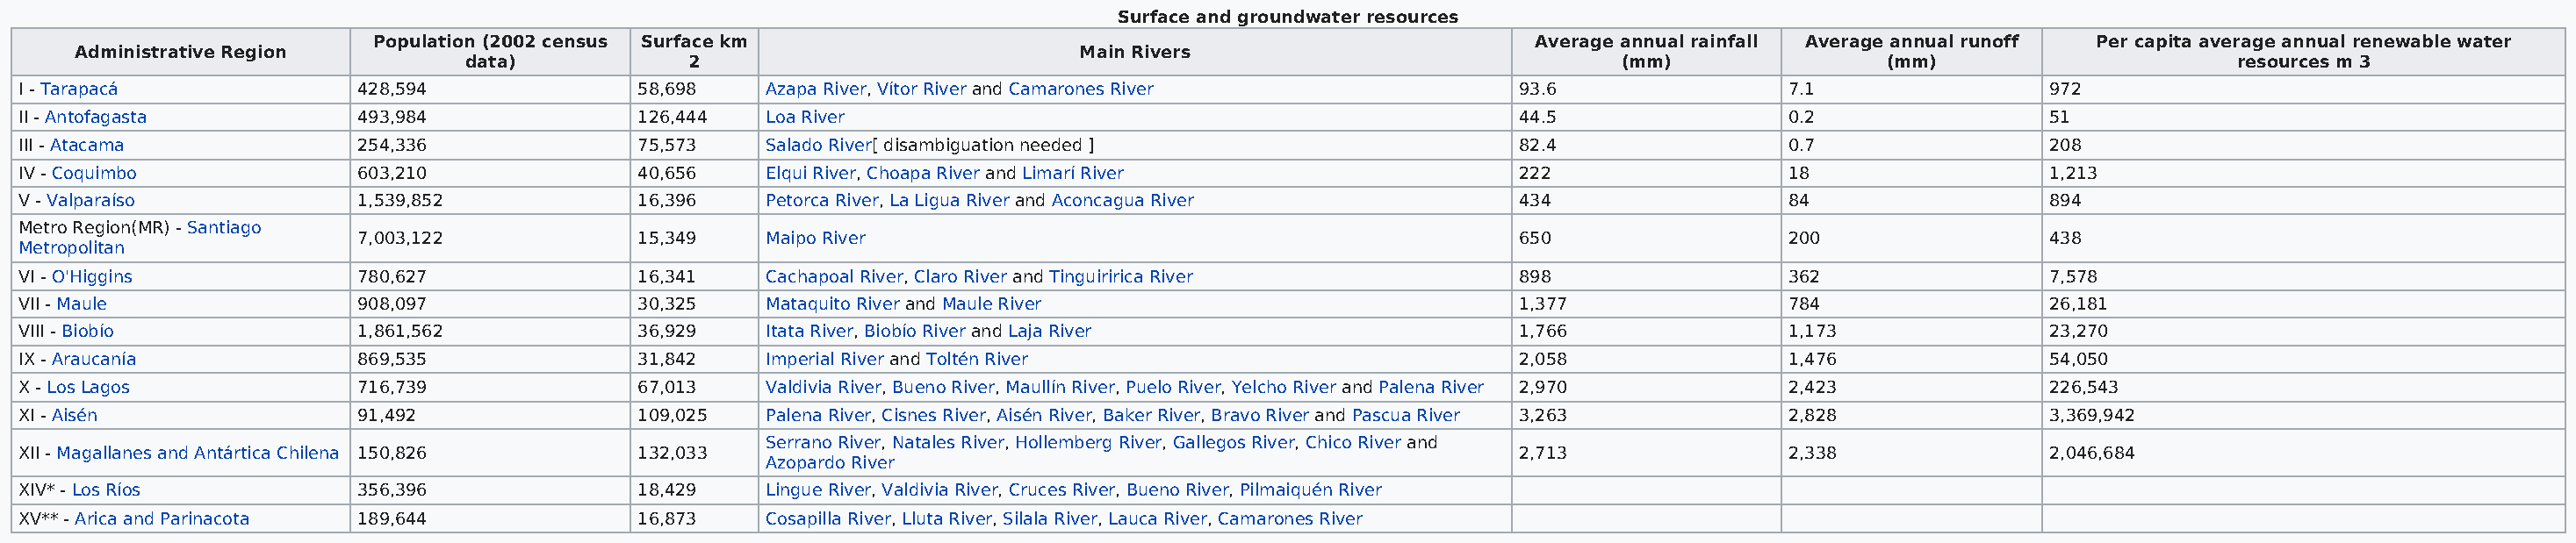
Surface and groundwater resources
 Population (2002 census Surface km                                                      Average annual rainfall Average annual runoff Per capita average annual renewable water
 Administrative Region                                                      Main Rivers
 data)            2                                                                     (mm)                (mm)                       resources m 3
 I - Tarapacá              428,594              58,698    Azapa River, Vítor River and Camarones River             93.6                7.1                 972
 II - Antofagasta          493,984              126,444   Loa River                                                44.5                0.2                 51
 III - Atacama             254,336              75,573    Salado River[ disambiguation needed ]                    82.4                0.7                 208
 IV - Coquimbo             603,210              40,656    Elqui River, Choapa River and Limarí River               222                 18                  1,213
 V - Valparaíso            1,539,852            16,396    Petorca River, La Ligua River and Aconcagua River        434                 84                  894
 Metro Region(MR) - Santiago
 7,003,122            15,349    Maipo River                                              650                 200                 438
 Metropolitan
 VI - O'Higgins            780,627              16,341    Cachapoal River, Claro River and Tinguiririca River      898                 362                 7,578
 VII - Maule               908,097              30,325    Mataquito River and Maule River                          1,377               784                 26,181
 VIII - Biobío             1,861,562            36,929    Itata River, Biobío River and Laja River                 1,766               1,173               23,270
 IX - Araucanía            869,535              31,842    Imperial River and Toltén River                          2,058               1,476               54,050
 X - Los Lagos             716,739              67,013    Valdivia River, Bueno River, Maullín River, Puelo River, Yelcho River and Palena River 2,970 2,423 226,543
 XI - Aisén                91,492               109,025   Palena River, Cisnes River, Aisén River, Baker River, Bravo River and Pascua River 3,263 2,828   3,369,942
 Serrano River, Natales River, Hollemberg River, Gallegos River, Chico River and
 XII - Magallanes and Antártica Chilena 150,826 132,033                                                            2,713               2,338               2,046,684
 Azopardo River
 XIV* - Los Ríos           356,396              18,429    Lingue River, Valdivia River, Cruces River, Bueno River, Pilmaiquén River
 XV** - Arica and Parinacota 189,644            16,873    Cosapilla River, Lluta River, Silala River, Lauca River, Camarones River